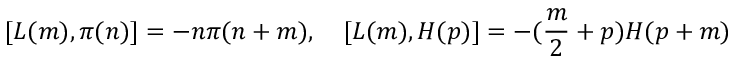
[ L ( m ) , \pi ( n ) ] = - n \pi ( n + m ) , \quad [ L ( m ) , H ( p ) ] = - ( \frac { m } { 2 } + p ) H ( p + m )